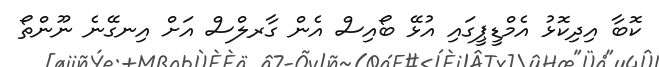
ކޮބާ އިދިކޮޅު އެމްޑީޕީގައި އުޅޭ ބޯއިސް އެން ގާރލްސް އަށް އިނގޭނެ ނޫންތޯ